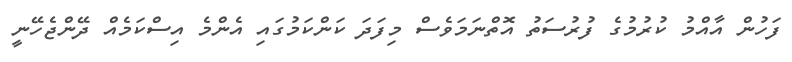
ފަހުން އާއްމު ކުރުމުގެ ފުރުސަތު އޮތްނަމަވެސް މިފަދަ ކަންކަމުގައި އެންމެ އިސްކަމެއް ދޭންޖެހޭނީ